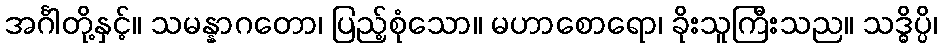
အင်္ဂါတို့နှင့်။ သမန္နာဂတော၊ ပြည့်စုံသော။ မဟာစောရော၊ ခိုးသူကြီးသည။ သဒ္ဓိပ္ပိ၊